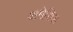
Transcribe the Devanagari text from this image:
अमेसिस